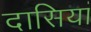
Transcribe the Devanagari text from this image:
दासियां